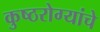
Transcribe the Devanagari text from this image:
कुष्ठरोग्यांचे